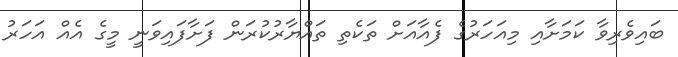
ބައިވެރިވާ ކަމަށާއި މިއަހަރުގެ ފެއާއަށް ތަކެތި ތައްޔާރުކުރަން ފަށާފައިވަނީ މީގެ އެއް އަހަރު